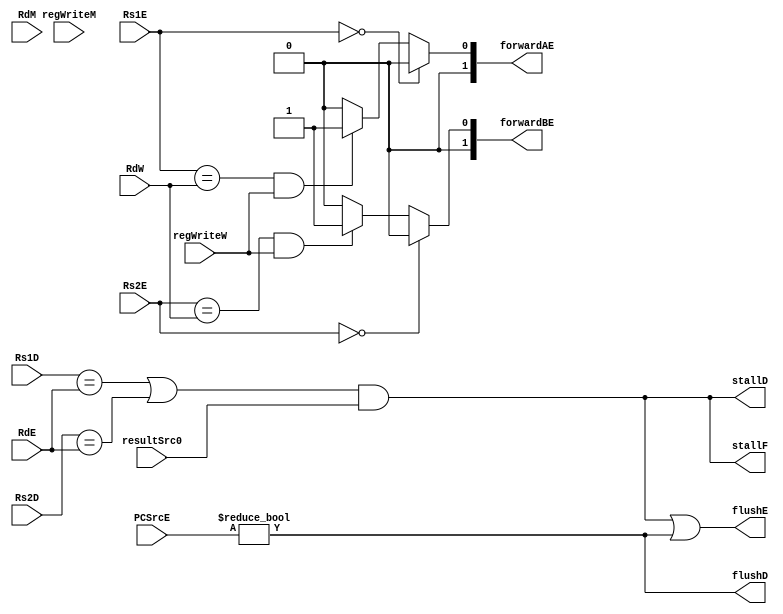
module HazardUnit(Rs1D, Rs2D, RdE, RdM, RdW, Rs2E, Rs1E,
                 PCSrcE, resultSrc0, regWriteW,
                 regWriteM, stallF, stallD, flushD,
                 flushE, forwardAE, forwardBE);

    input [4:0] Rs1D, Rs2D, RdE, RdM, RdW, Rs1E, Rs2E;
    input [1:0] PCSrcE;
    input regWriteM, regWriteW, resultSrc0;
    output reg [1:0] forwardAE, forwardBE;
    output wire stallF, stallD, flushD, flushE;    //changing reg to wire

    always @(Rs1E or RdM or RdW or regWriteM or regWriteW) begin
        if(Rs1E == 5'b0)
            forwardAE <= 2'b00;
       // else if((Rs1E == RdM) && regWriteM)
          //  forwardAE <= (luiM) ? 2'b11 : 2'b10;
        else if((Rs1E == RdW) && regWriteW)
            forwardAE <= 2'b01;
        else 
            forwardAE <= 2'b00;
    end    

    always @(Rs2E or RdM or RdW or regWriteM or regWriteW) begin
        if(Rs2E == 5'b0)
            forwardBE <= 2'b00;
        //else if((Rs2E == RdM) && regWriteM)
//            forwardBE <= (luiM) ? 2'b11 : 2'b10;
        else if((Rs2E == RdW) && regWriteW)
            forwardBE <= 2'b01;
        else 
            forwardBE <= 2'b00;
    end 
                                
    wire lwStall;  //changing reg to wire
    assign lwStall = ((((Rs1D == RdE) || (Rs2D == RdE)) && resultSrc0));

    assign stallF = lwStall;
    assign stallD = lwStall;

    assign flushD = (PCSrcE != 2'b00);
    assign flushE = lwStall || (PCSrcE != 2'b00);

endmodule